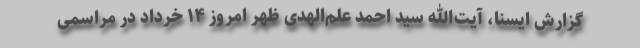
گزارش ایسنا، آیت‌الله سید احمد علم‌الهدی ظهر امروز ۱۴ خرداد در مراسمی